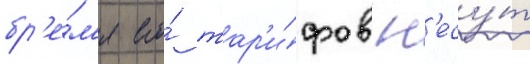
бр'е́м'я его́ тар'и́фов н'есу́т